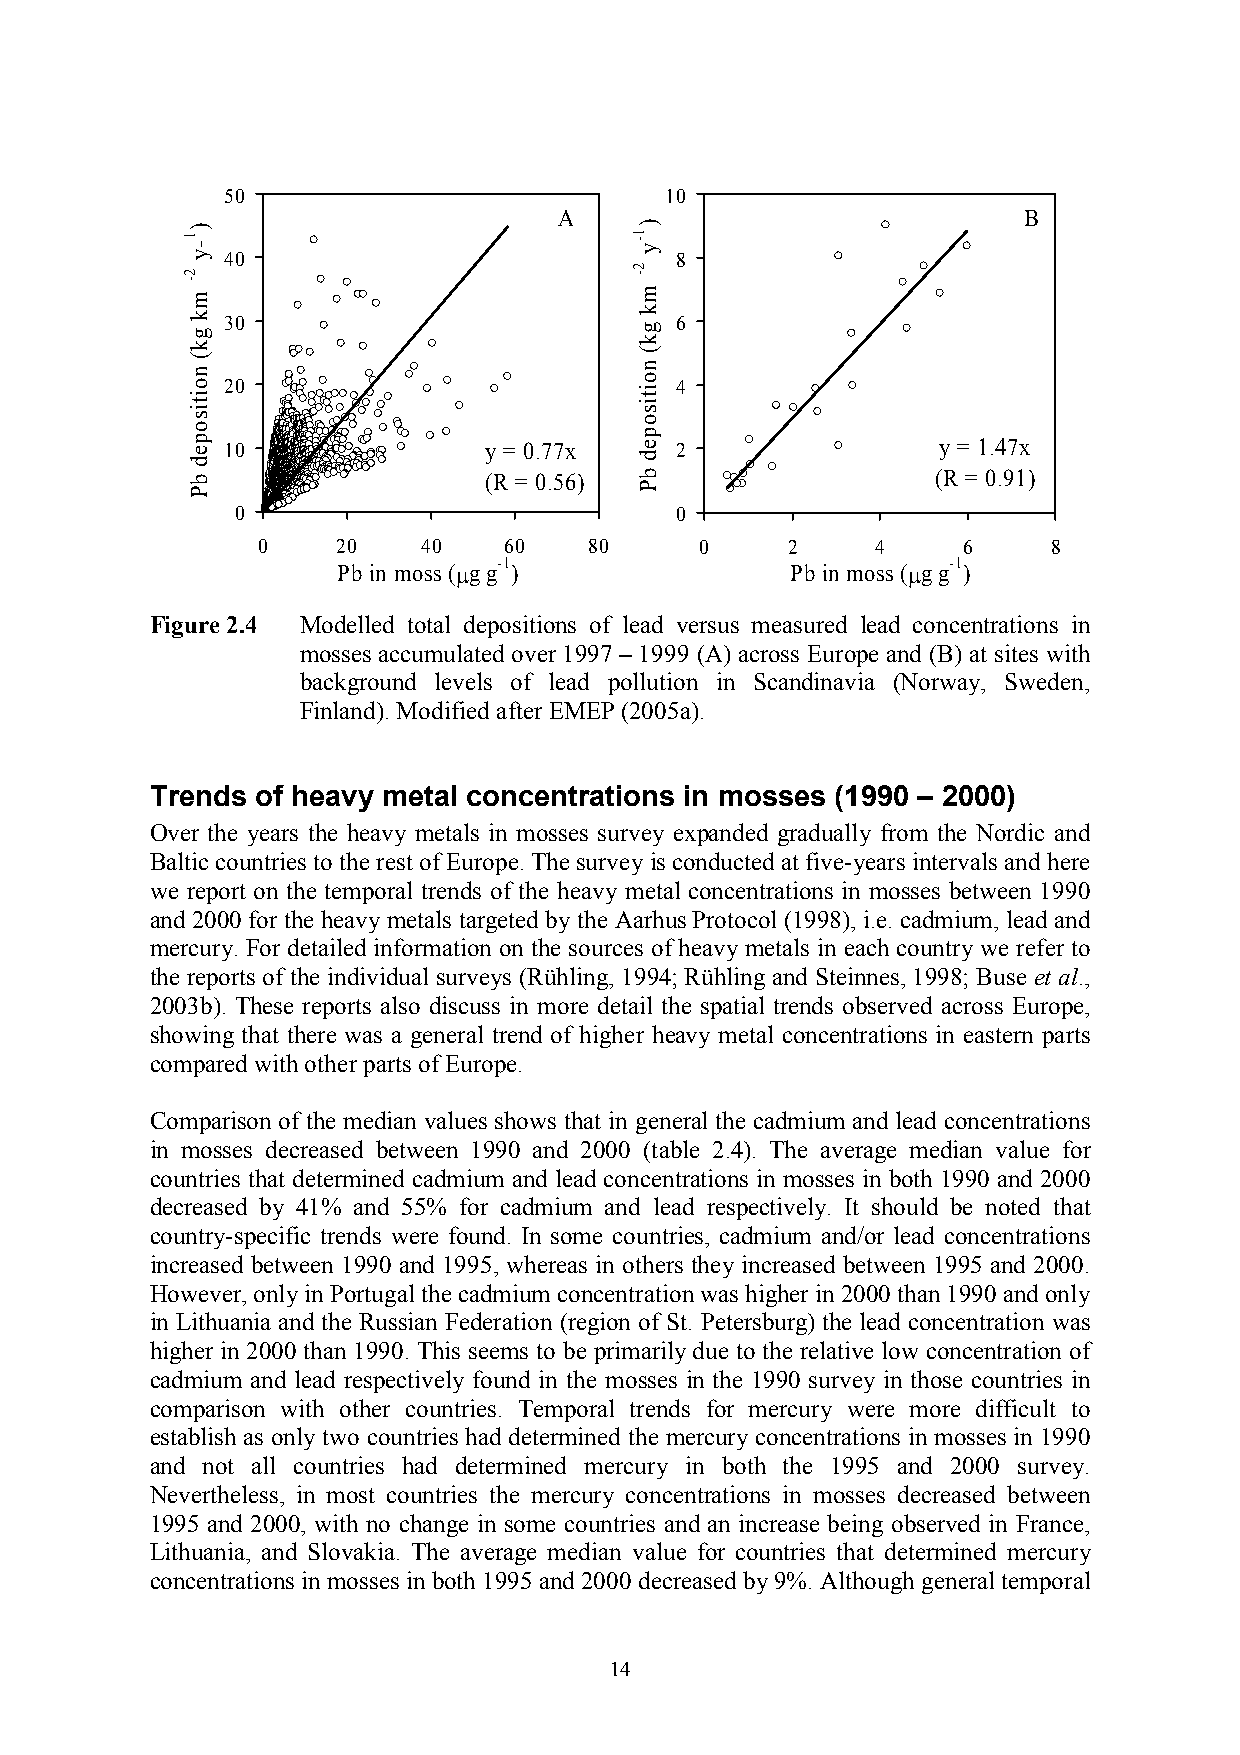
50                           10
 A                              B
 40                            8
 30                            6
 20                            4
 10               y = 0.77x    2                y = 1.47x
 (R = 0.56)                    (R = 0.91)
 0                            0
 0    20    40   60    80     0     2     4     6     8
 Pb in moss (µg
 g-1
 )                 Pb in moss (µg
 g-1
 )
 Figure 2.4 Modelled total depositions of lead versus measured lead concentrations in
 mosses accumulated over 1997 – 1999 (A) across Europe and (B) at sites with
 background levels of lead pollution in Scandinavia (Norway, Sweden,
 Finland). Modified after EMEP (2005a).
 Trends of heavy metal concentrations in mosses (1990 – 2000)
 Over the years the heavy metals in mosses survey expanded gradually from the Nordic and
 Baltic countries to the rest of Europe. The survey is conducted at five-years intervals and here
 we report on the temporal trends of the heavy metal concentrations in mosses between 1990
 and 2000 for the heavy metals targeted by the Aarhus Protocol (1998), i.e. cadmium, lead and
 mercury. For detailed information on the sources of heavy metals in each country we refer to
 the reports of the individual surveys (Rühling, 1994; Rühling and Steinnes, 1998; Buse et al.,
 2003b). These reports also discuss in more detail the spatial trends observed across Europe,
 showing that there was a general trend of higher heavy metal concentrations in eastern parts
 compared with other parts of Europe.
 Comparison of the median values shows that in general the cadmium and lead concentrations
 in mosses decreased between 1990 and 2000 (table 2.4). The average median value for
 countries that determined cadmium and lead concentrations in mosses in both 1990 and 2000
 decreased by 41% and 55% for cadmium and lead respectively. It should be noted that
 country-specific trends were found. In some countries, cadmium and/or lead concentrations
 increased between 1990 and 1995, whereas in others they increased between 1995 and 2000.
 However, only in Portugal the cadmium concentration was higher in 2000 than 1990 and only
 in Lithuania and the Russian Federation (region of St. Petersburg) the lead concentration was
 higher in 2000 than 1990. This seems to be primarily due to the relative low concentration of
 cadmium and lead respectively found in the mosses in the 1990 survey in those countries in
 comparison with other countries. Temporal trends for mercury were more difficult to
 establish as only two countries had determined the mercury concentrations in mosses in 1990
 and not all countries had determined mercury in both the 1995 and 2000 survey.
 Nevertheless, in most countries the mercury concentrations in mosses decreased between
 1995 and 2000, with no change in some countries and an increase being observed in France,
 Lithuania, and Slovakia. The average median value for countries that determined mercury
 concentrations in mosses in both 1995 and 2000 decreased by 9%. Although general temporal
 14
 )1-y
 2-
 mk
 gk(
 noitisoped
 bP
 )1-y
 2-
 mk
 gk(
 noitisoped
 bP